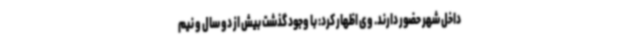
داخل شهر حضور دارند. وی اظهار کرد: با وجود گذشت بیش از دو سال و نیم